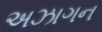
અઝાગન